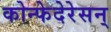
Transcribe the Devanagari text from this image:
कोन्फेदेरेसन्